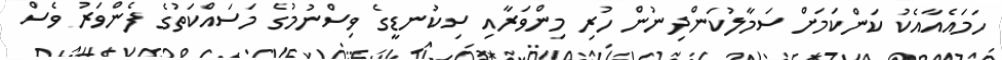
ހަމައެއާއެކު ކަންކަމަށް ސަމާލުކަންދިނުން ހުރި މިންވަރާއި ސިކުނޑީގެ ވިސްނުމުގެ މަސައްކަތުގެ ފެންވަރު ވެސް